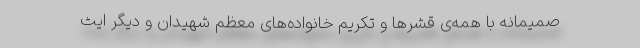
صمیمانه با همه‌ی قشرها و تکریم خانواده‌های معظم شهیدان و دیگر ایث